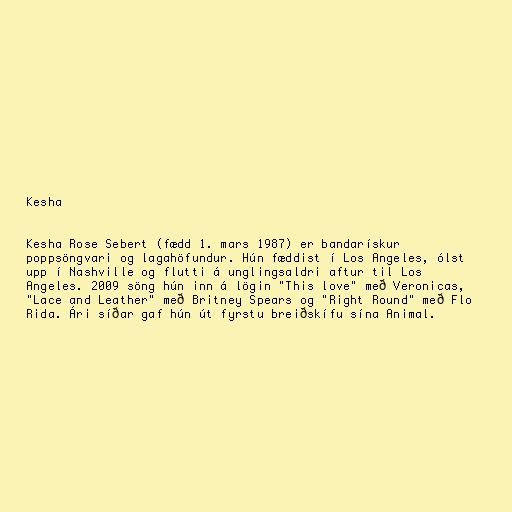
Kesha

Kesha Rose Sebert (fædd 1. mars 1987) er bandarískur
poppsöngvari og lagahöfundur. Hún fæddist í Los Angeles, ólst
upp í Nashville og flutti á unglingsaldri aftur til Los
Angeles. 2009 söng hún inn á lögin "This love" með Veronicas,
"Lace and Leather" með Britney Spears og "Right Round" með Flo
Rida. Ári síðar gaf hún út fyrstu breiðskífu sína Animal.